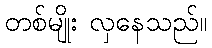
တစ်မျိုး လှနေသည်။